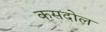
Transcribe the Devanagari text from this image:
कसदोल